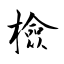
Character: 檢